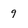
Character: 9